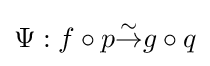
\Psi :f\circ p{\overset {\sim }{\to }}g\circ q